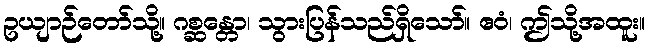
ဥယျာဉ်တော်သို့။ ဂစ္ဆန္တော၊ သွားပြန်သည်ရှိသော်။ ဧဝံ၊ ဤသို့အထူး။